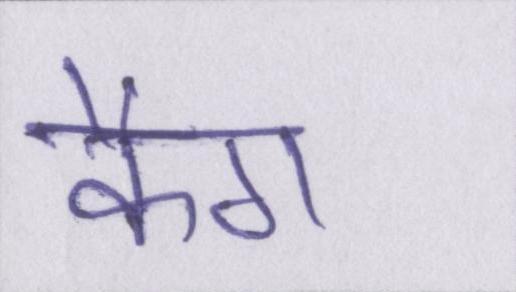
कैग